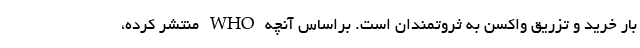
بار خرید و تزریق واکسن به ثروتمندان است. براساس آنچه WHO منتشر کرده،